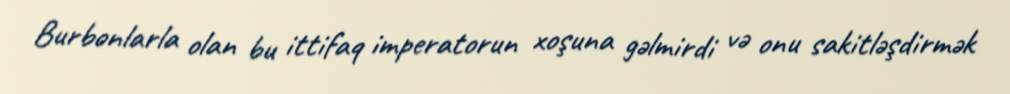
Burbonlarla olan bu ittifaq imperatorun xoşuna gəlmirdi və onu sakitləşdirmək